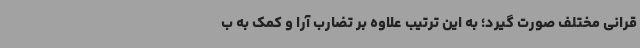
قرانی مختلف صورت گیرد؛ به این ترتیب علاوه بر تضارب آرا و کمک به ب